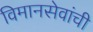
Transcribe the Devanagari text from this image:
विमानसेवांची